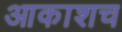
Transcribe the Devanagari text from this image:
आकाशच